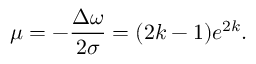
\mu = - \frac { \Delta \omega } { 2 \sigma } = ( 2 k - 1 ) e ^ { 2 k } .